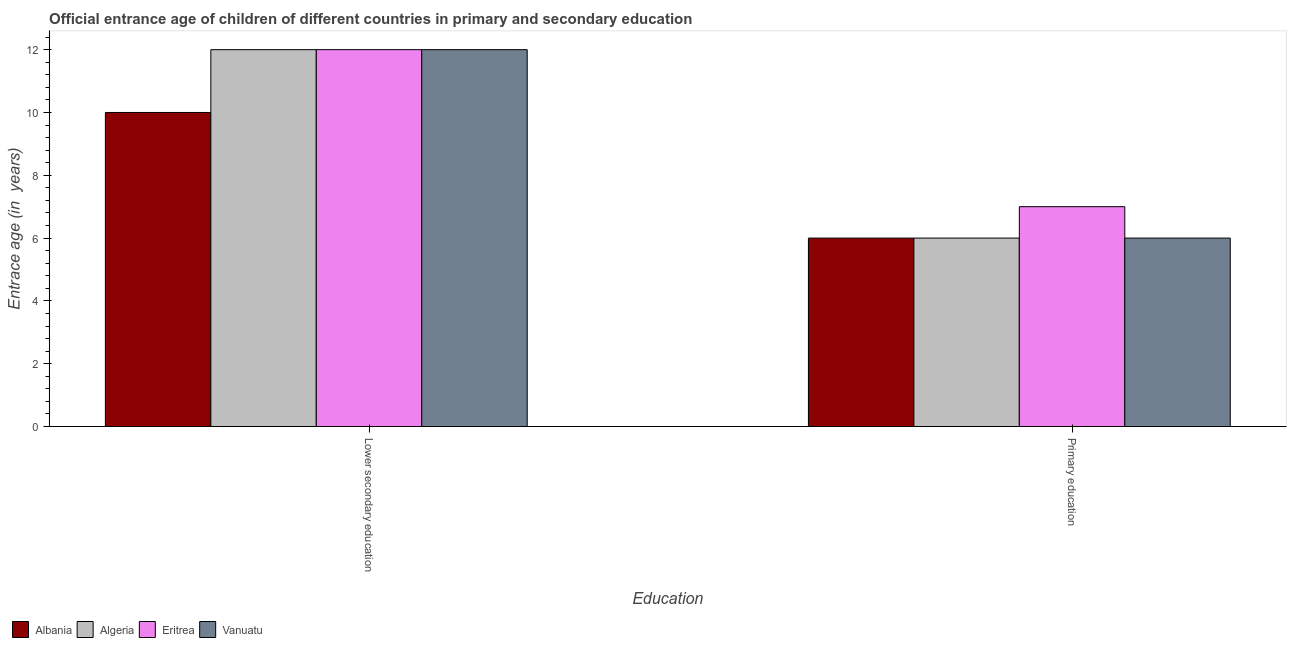
| Education | Albania | Algeria | Eritrea | Vanuatu |
 | --- | --- | --- | --- | --- |
 | Lower secondary education | 10 | 12 | 12 | 12 |
 | Primary education | 6 | 6 | 7 | 6 |